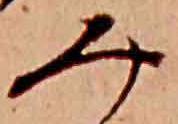
み